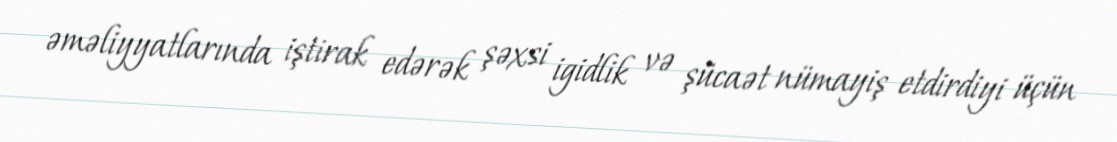
əməliyyatlarında iştirak edərək şəxsi igidlik və şücaət nümayiş etdirdiyi üçün